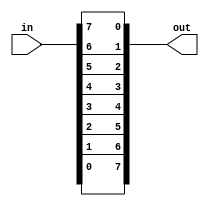
// SPDX-License-Identifier: MIT

module top_module( 
    input [7:0] in,
    output [7:0] out
);
    assign out = {in[0], in[1], in[2], in[3], in[4], in[5], in[6], in[7]}; 
endmodule